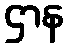
ဌာန